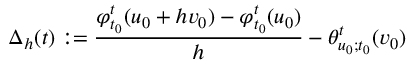
\Delta _ { h } ( t ) : = \frac { \varphi _ { t _ { 0 } } ^ { t } ( u _ { 0 } + h v _ { 0 } ) - \varphi _ { t _ { 0 } } ^ { t } ( u _ { 0 } ) } { h } - \theta _ { u _ { 0 } ; t _ { 0 } } ^ { t } ( v _ { 0 } )